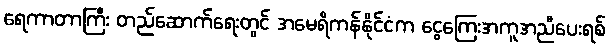
ရေကာတာကြီး တည်ဆောက်ရေးတွင် အမေရိကန်နိုင်ငံက ငွေကြေးအကူအညီပေးရစ်